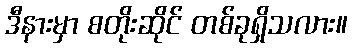
ဒီနားမှာ စတိုးဆိုင် တစ်ခုရှိသလား။